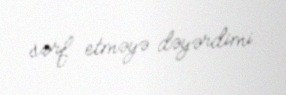
sərf etməyə dəyərdimi.